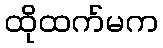
ထိုထက်မက